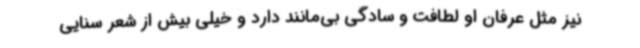
نیز مثل عرفان او لطافت و سادگی بی‌مانند دارد و خیلی بیش از شعر سنایی